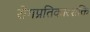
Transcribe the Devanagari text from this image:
रोगप्रतिकारशक्ति